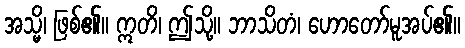
အသ္မိ၊ ဖြစ်၏။ ဣတိ၊ ဤသို့။ ဘာသိတံ၊ ဟောတော်မူအပ်၏။